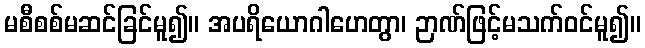
မစီစစ်မဆင်ခြင်မူ၍။ အပရိယောဂါဟေတွာ၊ ဉာဏ်ဖြင့်မသက်ဝင်မူ၍။